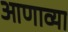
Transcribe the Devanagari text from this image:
आणाव्या